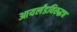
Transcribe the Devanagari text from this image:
आयर्लंडविरुद्धच